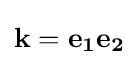
\mathbf {k} =\mathbf {e_{1}} \mathbf {e_{2}}